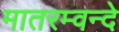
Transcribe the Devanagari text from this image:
मातरम्वन्दे